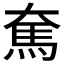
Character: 𩡱